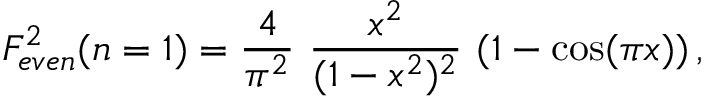
{ \cal F } _ { e v e n } ^ { 2 } ( n = 1 ) = { \frac { 4 } { \pi ^ { 2 } } } ~ { \frac { x ^ { 2 } } { ( 1 - x ^ { 2 } ) ^ { 2 } } } ~ ( 1 - \cos ( \pi x ) ) \, ,